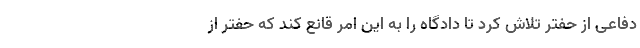
دفاعی از حفتر تلاش کرد تا دادگاه را به این امر قانع کند که حفتر از